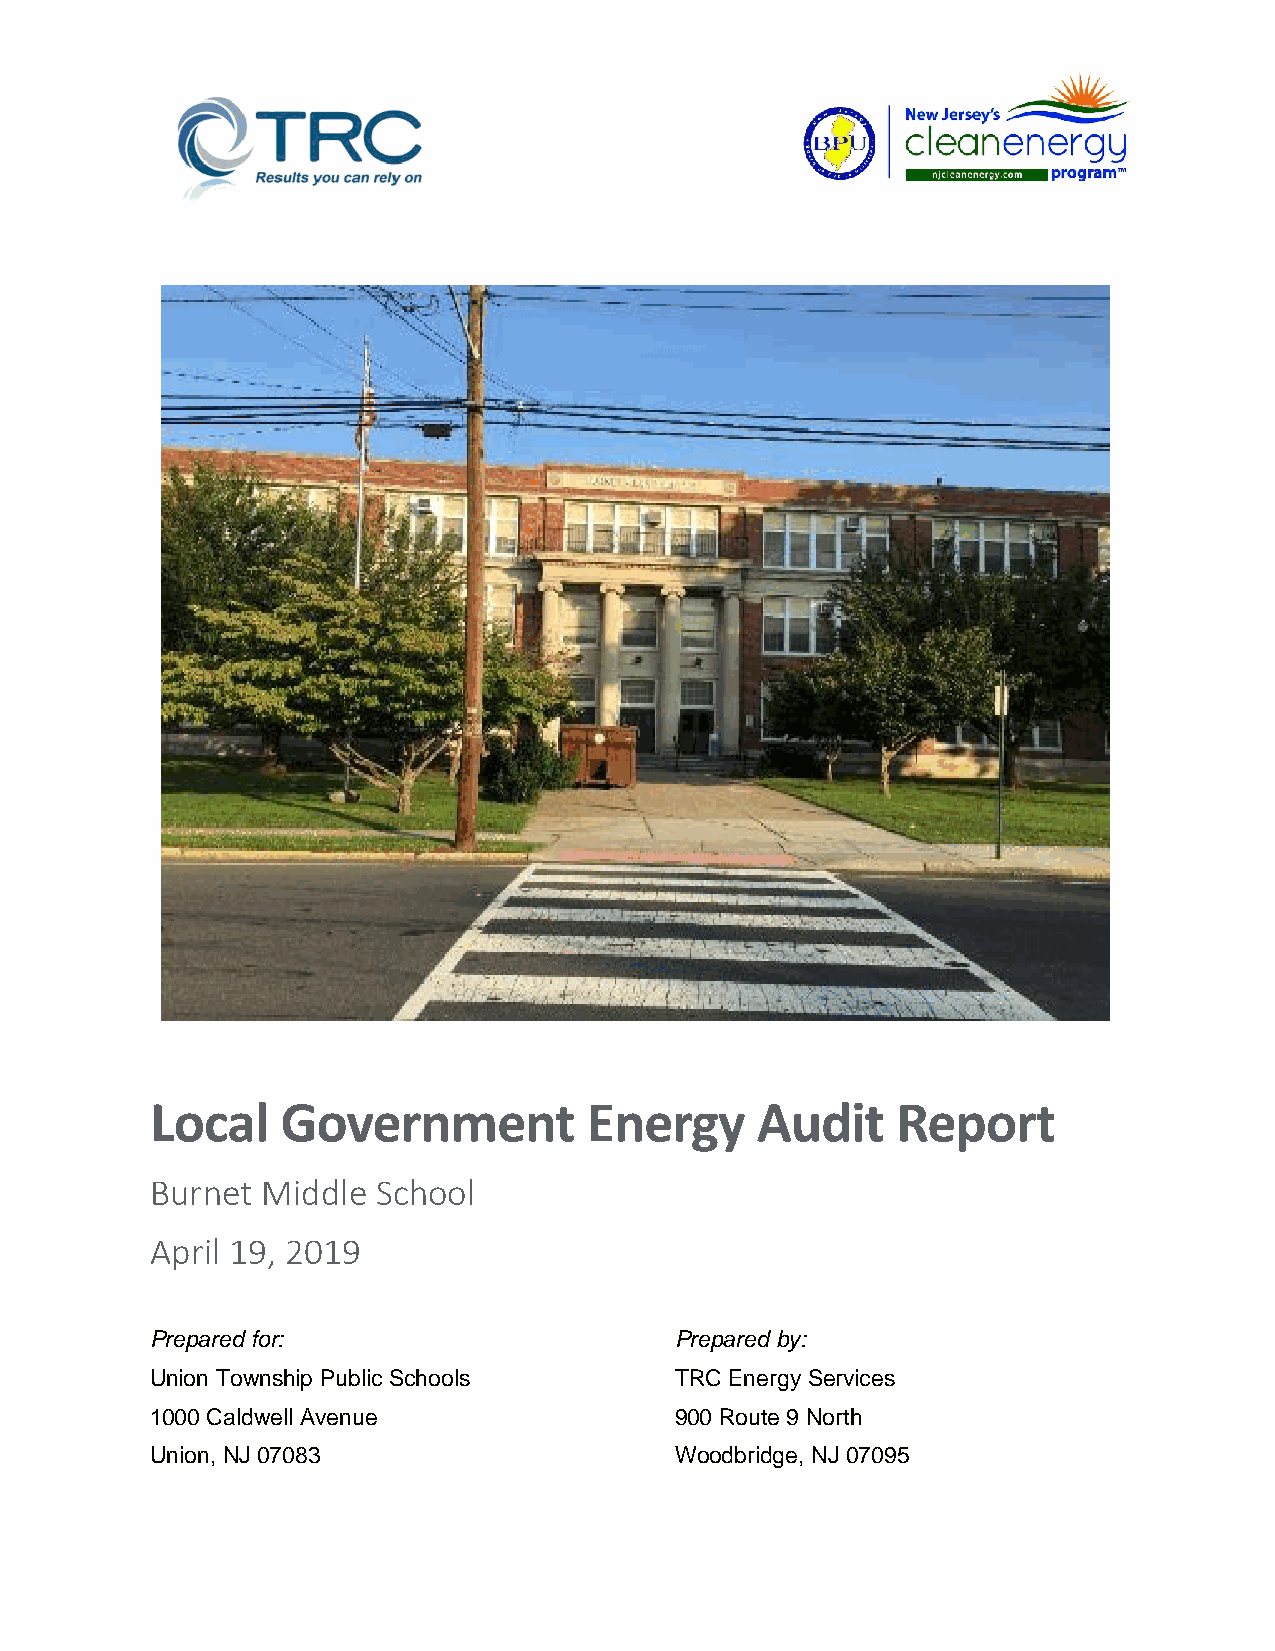
Local    Government          Energy     Audit    Report
 Burnet Middle  School
 April 19, 2019
 Prepared for:                      Prepared by:
 Union Township Public Schools      TRC Energy Services
 1000 Caldwell Avenue               900 Route 9 North
 Union, NJ 07083                    Woodbridge, NJ 07095